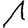
Digit: 1